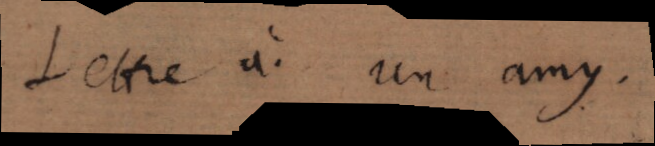
Lettre à un amy .